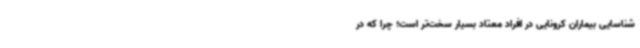
شناسایی بیماران کرونایی در افراد معتاد بسیار سخت‌تر است؛ چرا که در